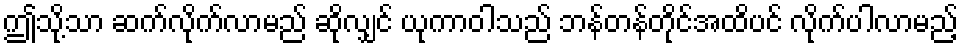
ဤသို့သာ ဆက်လိုက်လာမည် ဆိုလျှင် ယုကာဝါသည် ဘန်တန်တိုင်အထိပင် လိုက်ပါလာမည့်